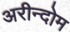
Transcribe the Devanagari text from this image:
अरीन्दोम